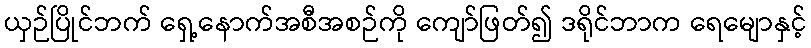
ယှဉ်ပြိုင်ဘက် ရှေ့နောက်အစီအစဉ်ကို ကျော်ဖြတ်၍ ဒရိုင်ဘာက ရေမျောနှင့်